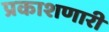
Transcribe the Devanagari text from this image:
प्रकाशणारी